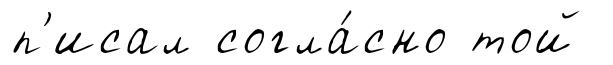
п'исал согла́сно той